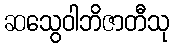
ဆသွေဝါဘိဇာတီသု